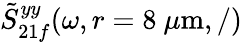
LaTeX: \tilde{S}_{21f}^{yy}(\omega,r=8~\mu\textrm{m},/)